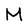
Character: M